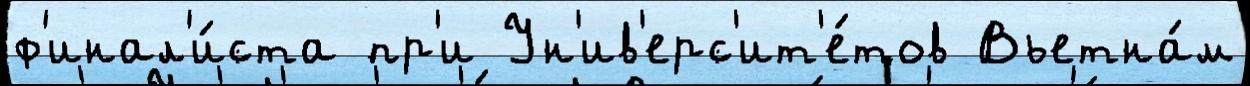
ф'инал'и́ста пр'и Ун'ив'ерс'ит'е́тов Вьетна́м